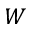
W